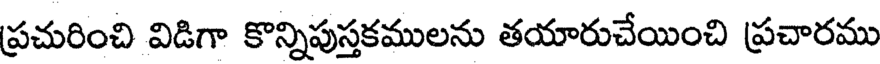
ప్రచురించి విడిగా కొన్నిపుస్తకములను తయారుచేయించి ప్రచారము